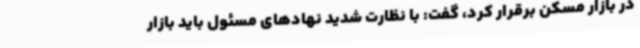
در بازار مسکن برقرار کرد، گفت: با نظارت شدید نهادهای مسئول باید بازار